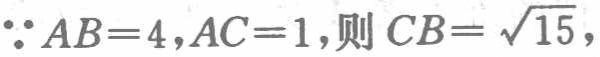
$\because AB = 4,AC = 1,则CB=\sqrt{15},$